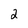
Character: 2